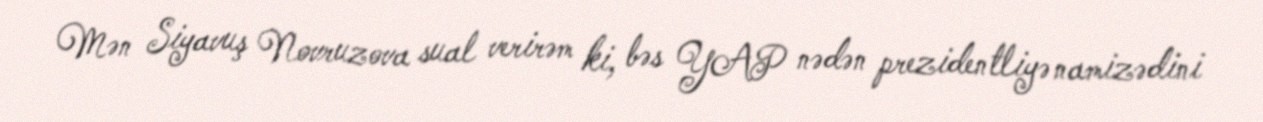
Mən Siyavuş Novruzova sual verirəm ki, bəs YAP nədən prezidentliyə namizədini